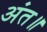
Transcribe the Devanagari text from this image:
अंत॥